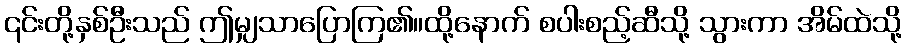
၎င်းတို့နှစ်ဦးသည် ဤမျှသာပြောကြ၏။ထို့နောက် စပါးစည့်ဆီသို့ သွားကာ အိမ်ထဲသို့